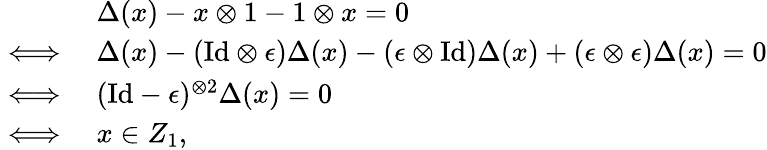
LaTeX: \begin{array}{rl}&{\Delta(x)-x\otimes 1-1\otimes x=0}\\ {\iff}&{\Delta(x)-(\mathrm{Id}\otimes\epsilon)\Delta(x)-(\epsilon\otimes\mathrm{Id})\Delta(x)+(\epsilon\otimes\epsilon)\Delta(x)=0}\\ {\iff}&{(\mathrm{Id}-\epsilon)^{\otimes 2}\Delta(x)=0}\\ {\iff}&{x\in Z_{1},}\end{array}